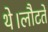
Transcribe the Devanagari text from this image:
थे।लौटते